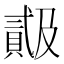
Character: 𬥠